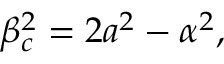
\begin{array} { r } { \beta _ { c } ^ { 2 } = 2 a ^ { 2 } - \alpha ^ { 2 } , } \end{array}